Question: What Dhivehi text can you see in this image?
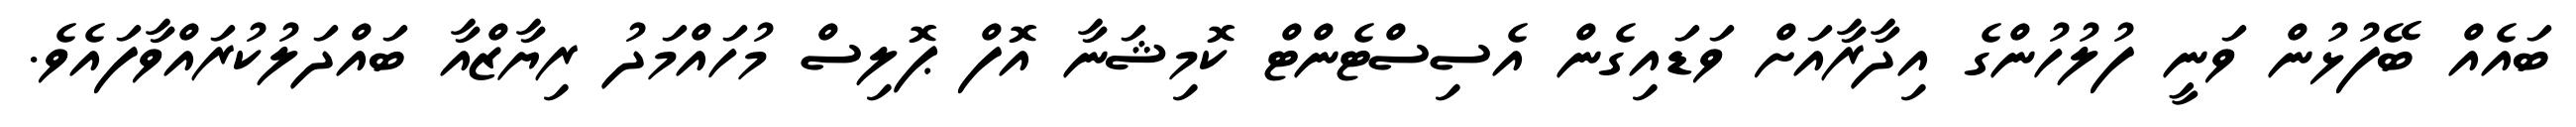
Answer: ބައެއް ބޭފުޅުން ވަނީ ފުލުހުންގެ އިދާރާއަށް ވަޑައިގެން އެސިސްޓެންޓް ކޮމިޝަނާ އޮފް ޕޮލިސް މުހައްމަދު ރިޔާޒްއާ ބައްދަލުކުރައްވާފައެވެ.